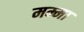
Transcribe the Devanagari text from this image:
मम्मा